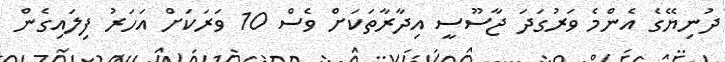
ދުނިޔޭގެ އެންމެ ވަރުގަދަ ޖާސޫސީ އިދާރާތަކަށް ވެސް 10 ވަރަކަށް އަހަރު ފިލައިގެން